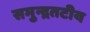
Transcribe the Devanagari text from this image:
समुन्द्रतटीय